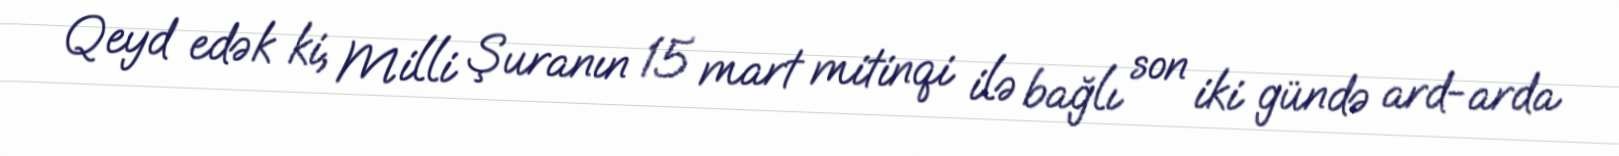
Qeyd edək ki, Milli Şuranın 15 mart mitinqi ilə bağlı son iki gündə ard-arda